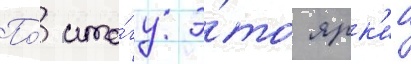
По́ ито́гу э́то ярк'ии